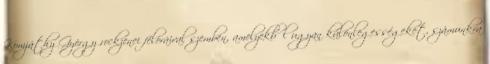
Komjáthy György rockzenei félóráival szemben, amelyekből ugyan különlegességeket, számunkra